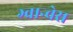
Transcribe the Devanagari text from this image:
ग्वान्चेस